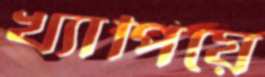
খ্যাপিয়ে